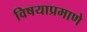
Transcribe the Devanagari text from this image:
विषयाप्रमाणे